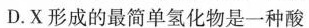
D.X形成的最简单氢化物是一种酸